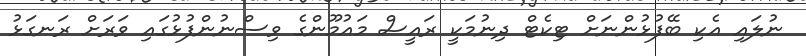
ނުލައި އެކި ބޭފުޅުންނަށް ޓިކެޓް ދިނުމަކީ ރައީސް މައުމޫންގެ ވިސްނުންފުޅުގައި ވަރަށް ރަނގަޅު